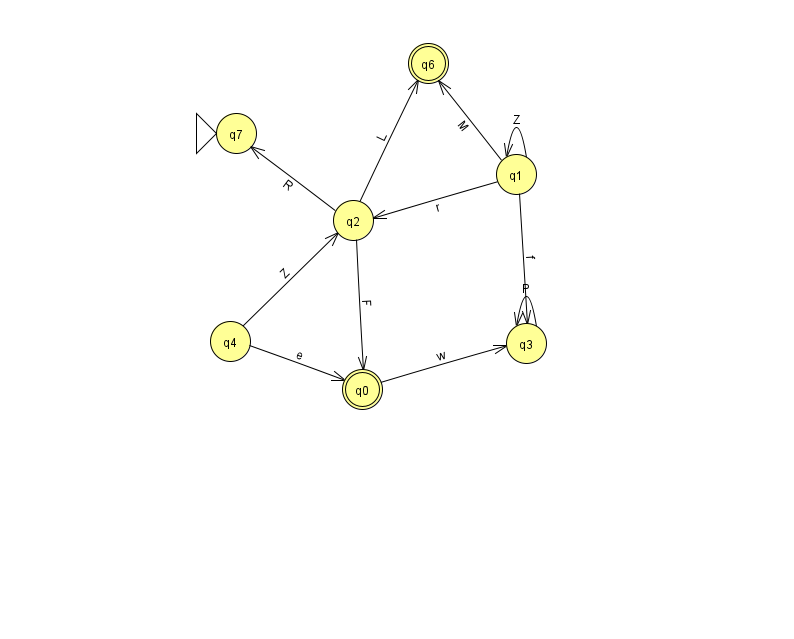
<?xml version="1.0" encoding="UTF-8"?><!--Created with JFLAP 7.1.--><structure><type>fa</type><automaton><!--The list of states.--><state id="0" name="q0"><x>362.0</x><y>376.0</y><final/></state><state id="1" name="q1"><x>516.0</x><y>161.0</y></state><state id="2" name="q2"><x>353.0</x><y>207.0</y></state><state id="3" name="q3"><x>526.0</x><y>330.0</y></state><state id="4" name="q4"><x>230.0</x><y>328.0</y></state><state id="6" name="q6"><x>428.0</x><y>50.0</y><final/></state><state id="7" name="q7"><x>236.0</x><y>120.0</y><initial/></state><!--The list of transitions.--><transition><from>3</from><to>3</to><read>P</read></transition><transition><from>0</from><to>3</to><read>w</read></transition><transition><from>4</from><to>2</to><read>Z</read></transition><transition><from>4</from><to>0</to><read>e</read></transition><transition><from>1</from><to>3</to><read>f</read></transition><transition><from>2</from><to>6</to><read>L</read></transition><transition><from>1</from><to>1</to><read>Z</read></transition><transition><from>1</from><to>6</to><read>M</read></transition><transition><from>2</from><to>7</to><read>R</read></transition><transition><from>2</from><to>0</to><read>F</read></transition><transition><from>1</from><to>2</to><read>r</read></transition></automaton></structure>